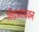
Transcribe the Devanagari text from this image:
विद्यामाधवन